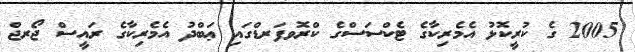
2005 ގެ ކުރީކޮޅު އެމެރިކާގެ ޓެކްސަސްގެ ކްރޮވފަރޑްގައި ޢަބްދު އެމެރިކާގެ ރައީސް ޖޯރޖް